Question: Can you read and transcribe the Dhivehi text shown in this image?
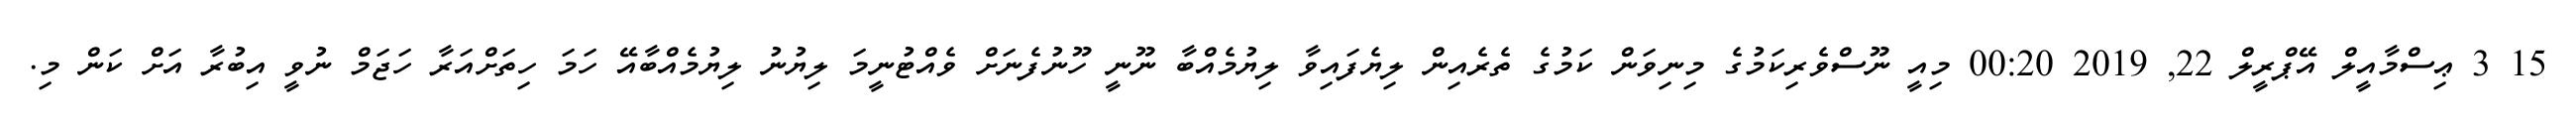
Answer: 15 3 ޢިސްމާއީލް އޭޕްރީލް 22, 2019 00:20 މިއީ ނޫސްވެރިކަމުގެ މިނިވަން ކަމުގެ ތެރެއިން ލިޔެފައިވާ ލިޔުމެއްބާ ނޫނީ ހޫނުފެނަށް ވެއްޓުނީމަ ލިޔުނު ލިޔުމެއްބާއޭ ހަމަ ހިތަށްއަރާ ހަޖަމް ނުވީ އިބުރާ އަށް ކަން މި.